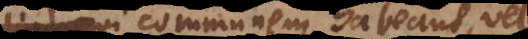
qui communem habeant, vel